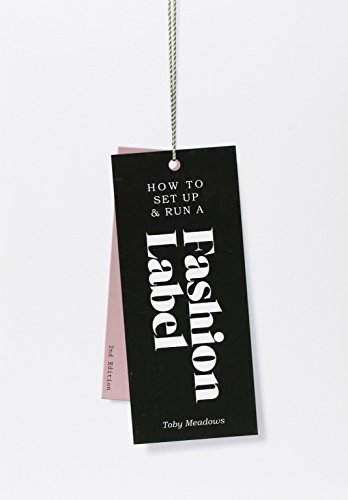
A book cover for How to Set up & Run a Fashion Label 2nd edition; Toby Meadows; Business & Money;